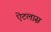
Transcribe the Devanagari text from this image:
ऐटलास